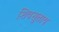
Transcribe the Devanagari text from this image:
शिवसुताय